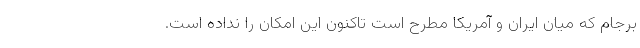
برجام که میان ایران و آمریکا مطرح است تاکنون این امکان را نداده است.